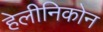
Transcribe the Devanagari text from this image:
हेलीनिकोन